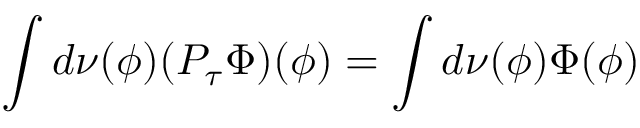
\int d \nu ( \phi ) ( P _ { \tau } \Phi ) ( \phi ) = \int d \nu ( \phi ) \Phi ( \phi )